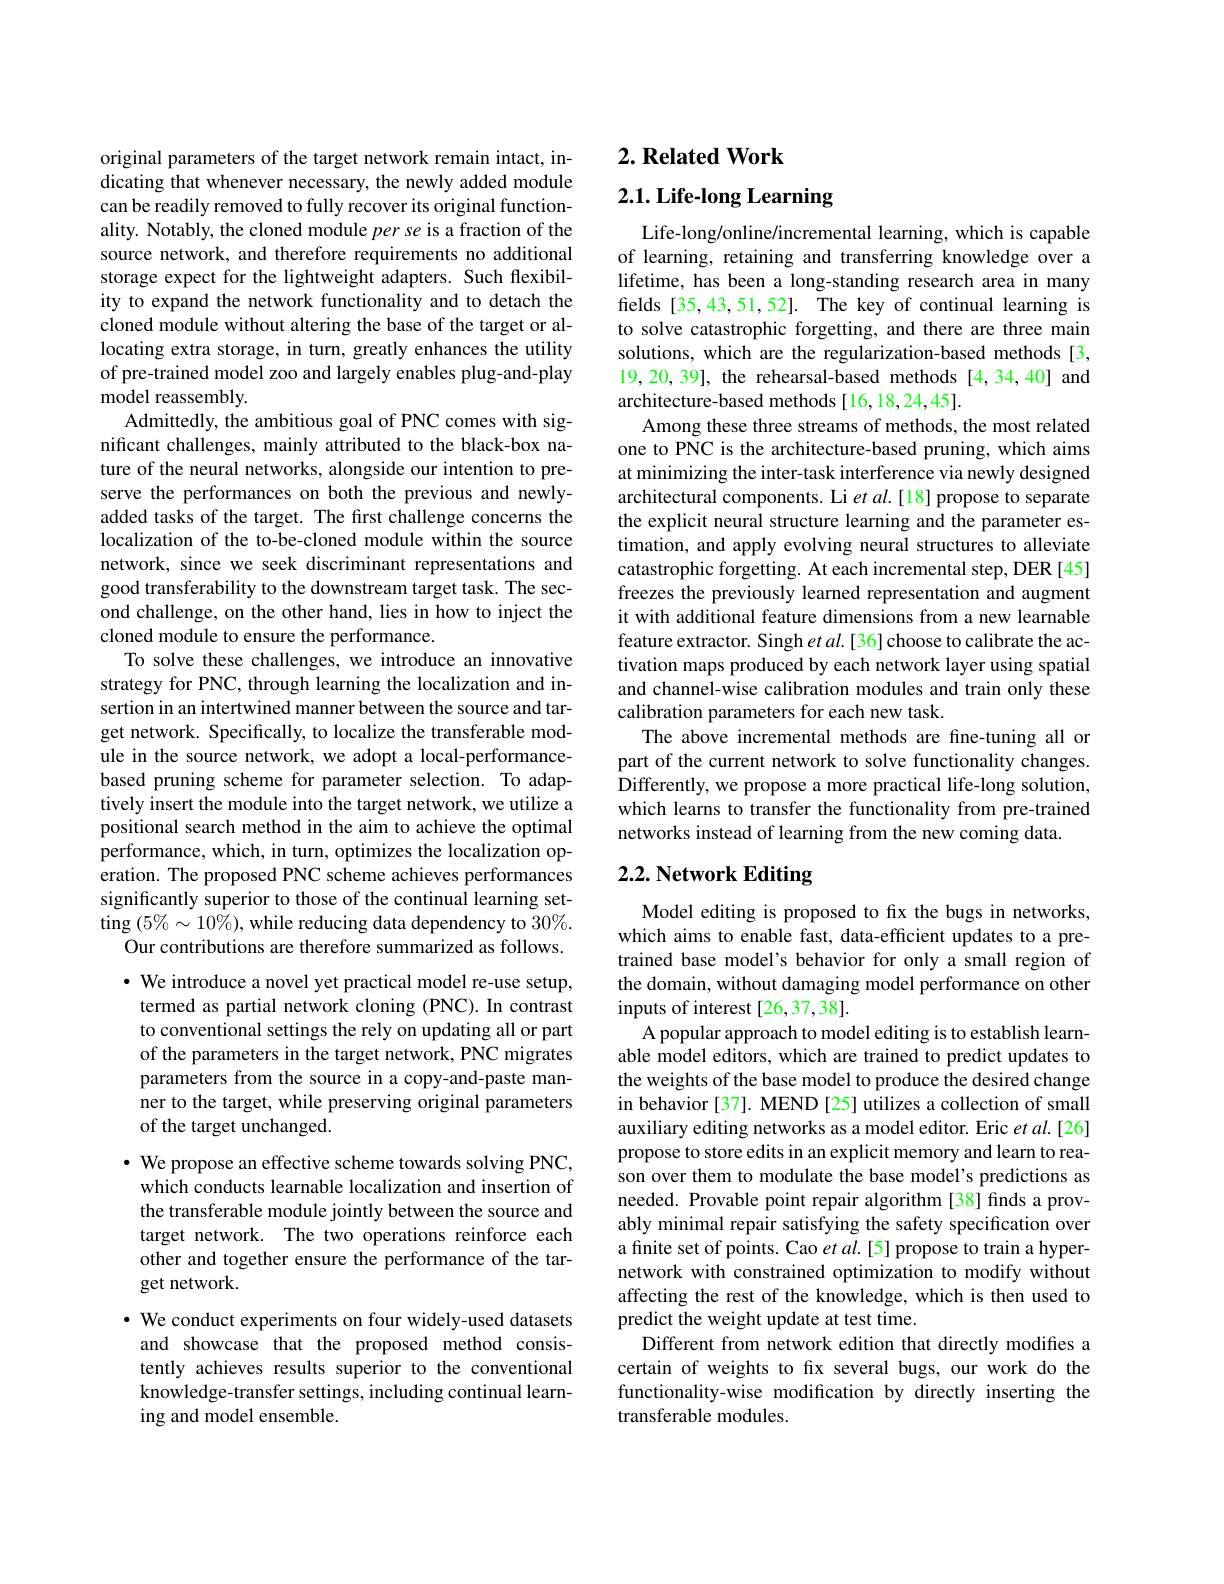
original parameters of the target network remain intact, indicating that whenever necessary, the newly added module can be readily removed to fully recover its original functionality. Notably, the cloned module per se is a fraction of the source network, and therefore requirements no additional storage expect for the lightweight adapters. Such flexibility to expand the network functionality and to detach the cloned module without altering the base of the target or allocating extra storage, in turn, greatly enhances the utility of pre-trained model zoo and largely enables plug-and-play model reassembly.
Admittedly, the ambitious goal of PNC comes with significant challenges, mainly attributed to the black-box nature of the neural networks, alongside our intention to preserve the performances on both the previous and newlyadded tasks of the target. The first challenge concerns the localization of the to-be-cloned module within the source network, since we seek discriminant representations and good transferability to the downstream target task. The second challenge, on the other hand, lies in how to inject the cloned module to ensure the performance.
To solve these challenges, we introduce an innovative strategy for PNC, through learning the localization and insertion in an intertwined manner between the source and target network. Specifically, to localize the transferable module in the source network, we adopt a local-performancebased pruning scheme for parameter selection. To adaptively insert the module into the target network, we utilize a positional search method in the aim to achieve the optimal performance, which, in turn, optimizes the localization operation. The proposed PNC scheme achieves performances significantly superior to those of the continual learning setting $(5\%\sim10\%)$,while reducing data dependency to 30%.
Our contributions are therefore summarized as follows. $\cdot$ We introduce a novel yet practical model re-use setup, termed as partial network cloning (PNC). In contrast to conventional settings the rely on updating all or part of the parameters in the target network, PNC migrates parameters from the source in a copy-and-paste manner to the target, while preserving original parameters of the target unchanged.
$\cdot$ We propose an effective scheme towards solving PNC, which conducts learnable localization and insertion of the transferable module jointly between the source and target network. The two operations reinforce each other and together ensure the performance of the target network.
· We conduct experiments on four widely-used datasets and showcase that the proposed method consistently achieves results superior to the conventional knowledge-transfer settings, including continual learn-

ing and model ensemble.

# 2. Related Work

# 2.1. Life-long Learning

Life-long/online/incremental learning, which is capable of learning, retaining and transferring knowledge over a lifetime, has been a long-standing research area in many fields [35,43,51,52]. The key of continual learning is to solve catastrophic forgetting, and there are three main solutions, which are the regularization-based methods [3, 19,20, 39], the rehearsal-based methods [4,34,40] and architecture-based methods [16,18,24,45].
Among these three streams of methods, the most related one to PNC is the architecture-based pruning, which aims at minimizing the inter-task interference via newly designed architectural components. Li et al.[18] propose to separate the explicit neural structure learning and the parameter estimation, and apply evolving neural structures to alleviate catastrophic forgetting. At each incremental step, DER [45] freezes the previously learned representation and augment it with additional feature dimensions from a new learnable feature extractor. Singh $etal.[36]$ choose to calibrate the activation maps produced by each network layer using spatial and channel-wise calibration modules and train only these calibration parameters for each new task.
The above incremental methods are fine-tuning all or part of the current network to solve functionality changes. Differently, we propose a more practical life-long solution, which learns to transfer the functionality from pre-trained networks instead of learning from the new coming data.

# 2.2. Network Editing

Model editing is proposed to fix the bugs in networks, which aims to enable fast, data-efficient updates to a pretrained base model's behavior for only a small region of the domain, without damaging model performance on other inputs of interest [26,37,38].
A popular approach to model editing is to establish learnable model editors, which are trained to predict updates to the weights of the base model to produce the desired change in behavior [37]. MEND [25] utilizes a collection of small auxiliary editing networks as a model editor. Eric et al.[26] propose to store edits in an explicit memory and learn to reason over them to modulate the base model's predictions as needed. Provable point repair algorithm [38] finds a provably minimal repair satisfying the safety specification over a finite set of points. Cao et $al.[5]$ propose to train a hypernetwork with constrained optimization to modify without affecting the rest of the knowledge, which is then used to predict the weight update at test time.
Different from network edition that directly modifies a certain of weights to fx several bugs, our work do the functionality-wise modification by directly inserting the transferable modules.